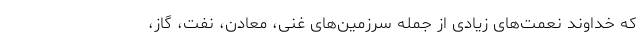
که خداوند نعمت‌های زیادی از جمله سرزمین‌های غنی، معادن، نفت، گاز،